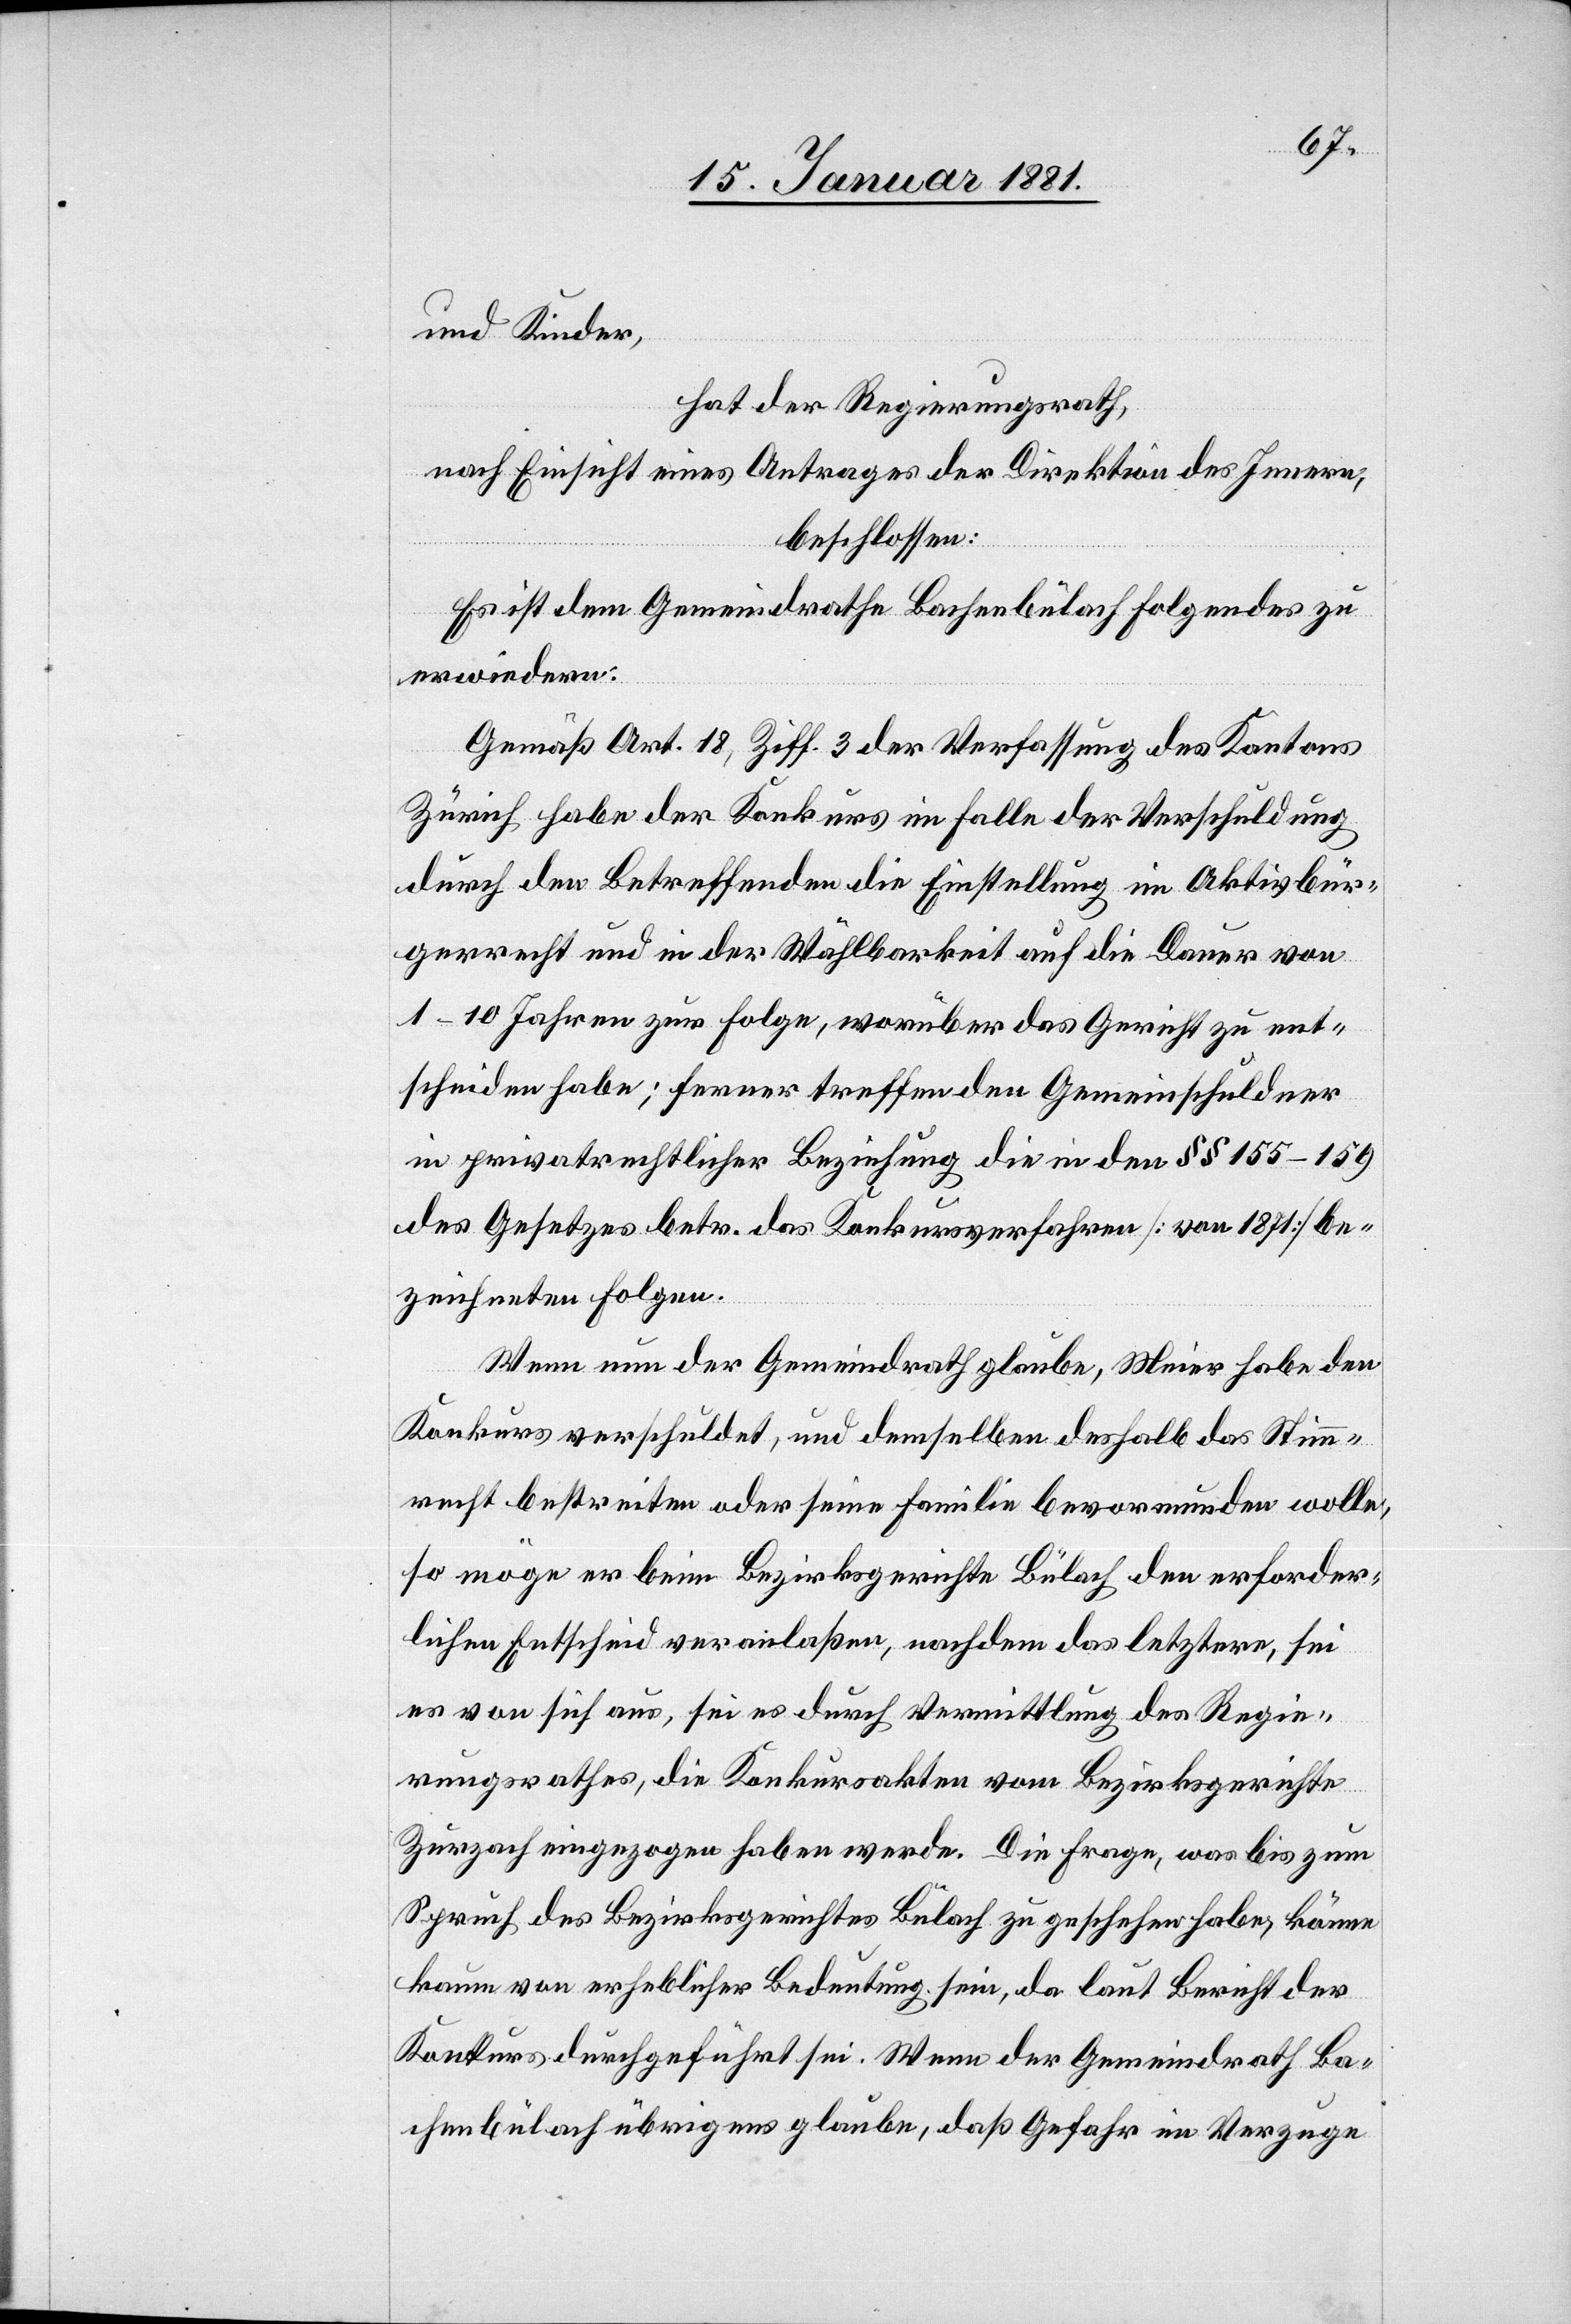
und Kinder,
hat der Regierungsrath,
nach Einsicht eines Antrages der Direktion des Innern,
beschlossen:
Es ist dem Gemeindrathe Bachenbülach folgendes zu
erwiedern.
Gemäß Art. 18, Ziff. 3 der Verfassung des Kantons
Zürich habe der Konkurs im Falle der Verschuldung
durch den Betreffenden die Einstellung im Aktivbür¬
gerrecht und in der Wählbarkeit auf die Dauer von
1–10 Jahren zur Folge, worüber das Gericht zu ent¬
scheiden habe; ferner treffen den Gemeinschuldner
in privatrechtlicher Beziehung die in den §§ 155–159
des Gesetzes betr. das Konkursverfahren [von 1871] be¬
zeichneten Folgen.
Wenn nun der Gemeindrath glaube, Meier habe den
Konkurs verschuldet, und demselben deshalb das Stimm¬
recht bestreiten oder seine Familie bevormunden wolle,
so möge er beim Bezirksgerichte Bülach den erforder¬
lichen Entscheid veranlaßen, nachdem das letztere, sei
es von sich aus, sei es durch Vermittlung des Regie¬
rungsrathes, die Konkursakten vom Bezirksgerichte
Zurzach eingezogen haben werde. Die Frage, was bis zum
Spruch des Bezirksgerichtes Bülach zu geschehen habe, könne
kaum von erheblicher Bedeutung sein, da laut Bericht der
Konkurs durchgeführt sei. Wenn der Gemeindrath Ba¬
chenbülach übrigens glaube, daß Gefahr im Verzuge